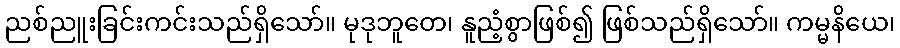
ညစ်ညူးခြင်းကင်းသည်ရှိသော်။ မုဒုဘူတေ၊ နူညံ့စွာဖြစ်၍ ဖြစ်သည်ရှိသော်။ ကမ္မနိယေ၊